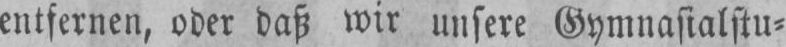
entfernen, oder daß wir unsere Gymnasialstu⸗